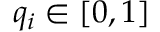
q _ { i } \in [ 0 , 1 ]